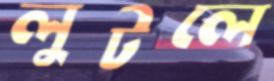
লুটলে